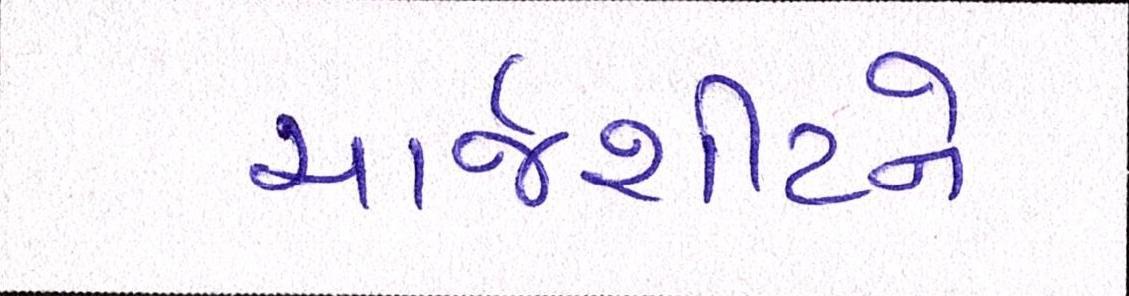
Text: ચાર્જશીટને